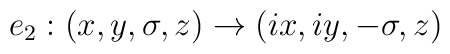
e_2: (x,y,\sigma,z) \to (ix, iy, -\sigma, z)